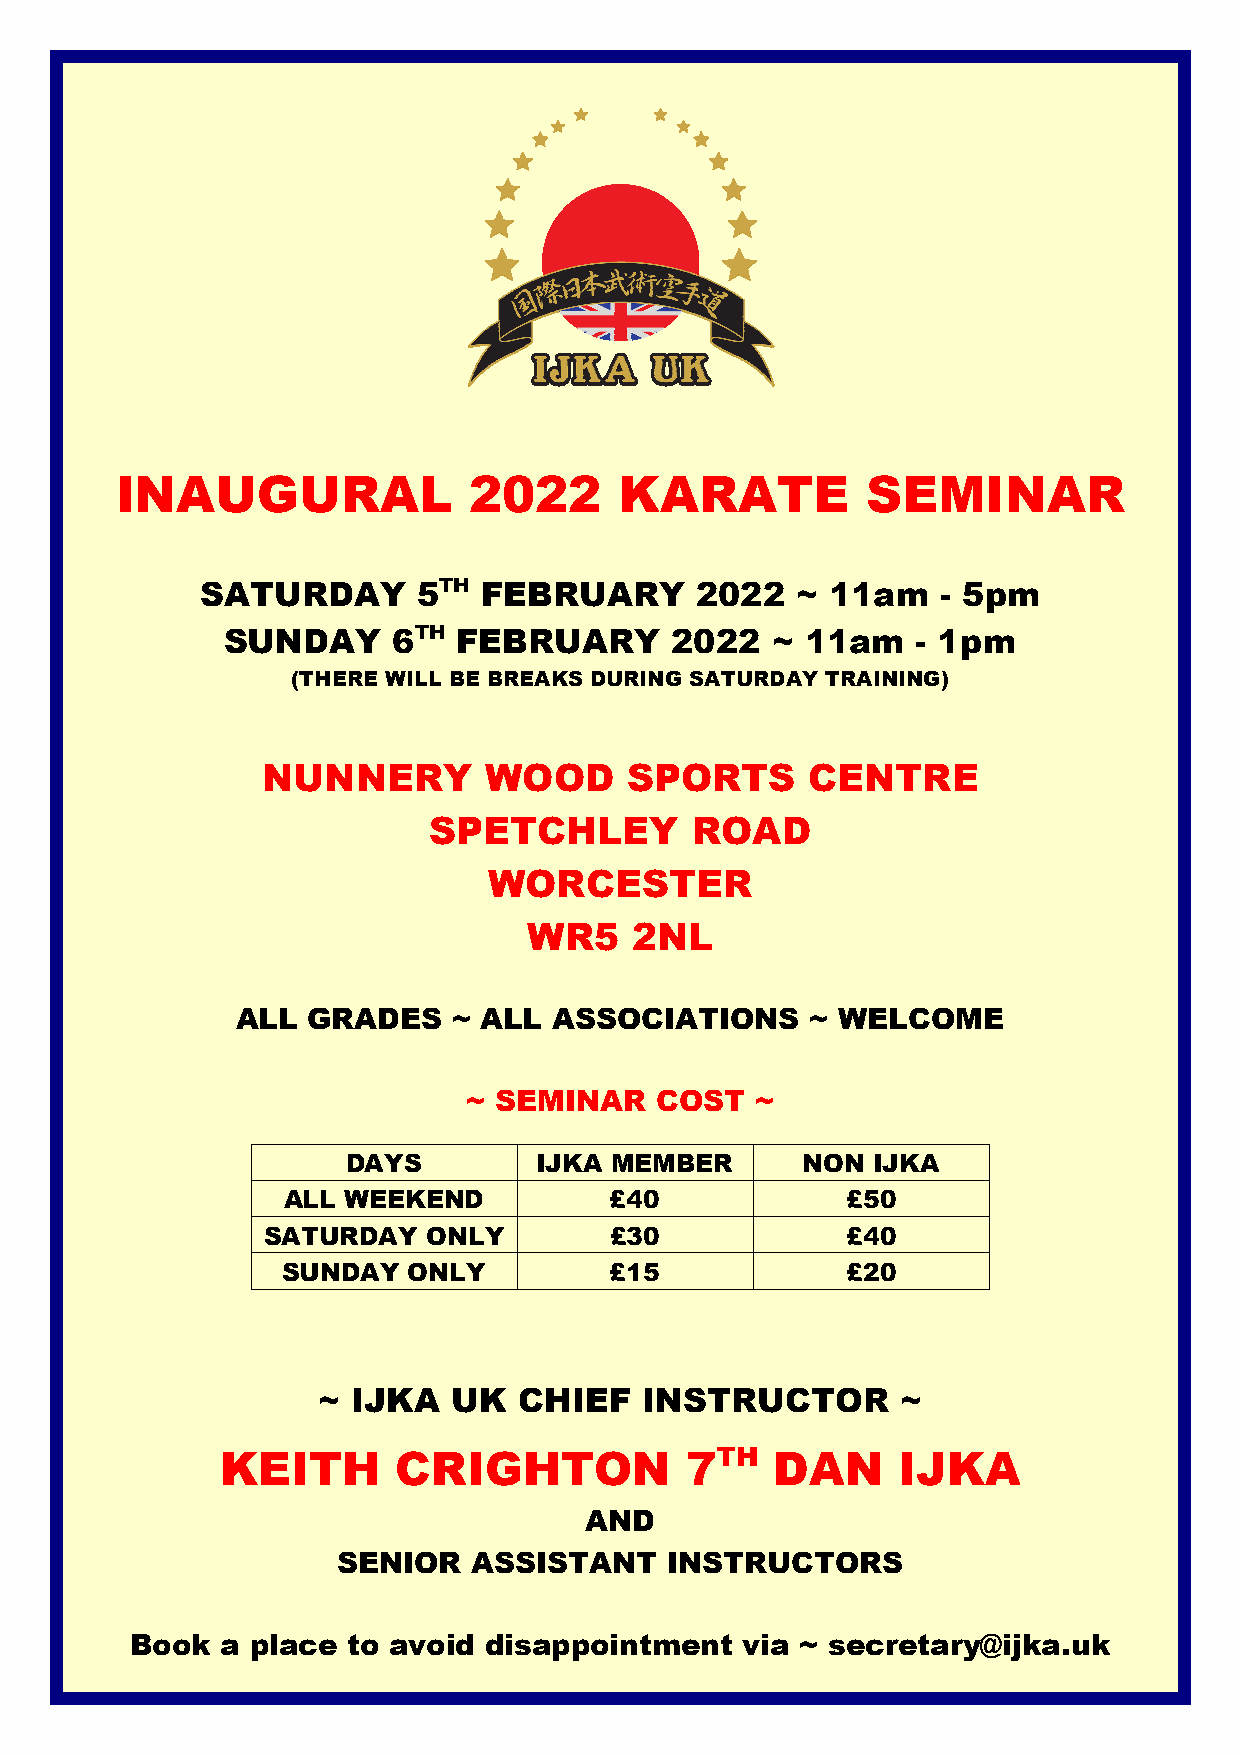
INAUGURAL              2022      KARATE          SEMINAR
 SATURDAY       5TH FEBRUARY      2022   ~ 11am   - 5pm
 SUNDAY     6TH FEBRUARY      2022   ~ 11am    - 1pm
 (THERE WILL BE BREAKS DURING SATURDAY TRAINING)
 NUNNERY        WOOD     SPORTS      CENTRE
 SPETCHLEY         ROAD
 WORCESTER
 WR5    2NL
 ALL GRADES    ~ ALL  ASSOCIATIONS     ~ WELCOME
 ~ SEMINAR   COST   ~
 DAYS         IJKA M EMBER     NON  IJKA
 ALL WEEKEND          £40             £50
 SATURDAY   ONLY        £30             £40
 SUNDAY  ONLY         £15             £20
 ~ IJKA   UK  CHIEF   INSTRUCTOR        ~
 KEITH      CRIGHTON           7TH   DAN     IJKA
 AND
 SENIOR   ASSISTANT    INSTRUCTORS
 Book  a place to avoid disappointment   via ~ secretary@ijka.uk